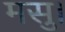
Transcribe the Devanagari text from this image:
मसु।